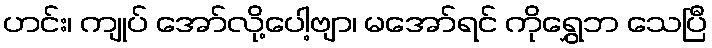
ဟင်း၊ ကျုပ် အော်လို့ပေါ့ဗျာ၊ မအော်ရင် ကိုရွှေဘ သေပြီ